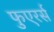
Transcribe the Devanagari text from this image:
फुएरर्स